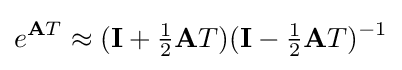
e^{\mathbf {A} T}\approx (\mathbf {I} +{\tfrac {1}{2}}\mathbf {A} T)(\mathbf {I} -{\tfrac {1}{2}}\mathbf {A} T)^{-1}